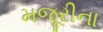
મજૂરીના